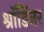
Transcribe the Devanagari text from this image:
श्रॉडिंजर